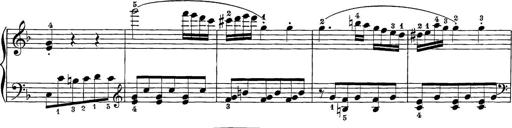
Title: 12 Sonatine per Pianoforte
Composer: Friedrich Kuhlau